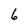
Character: 6